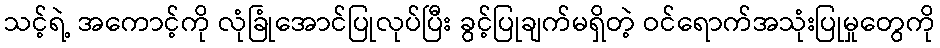
သင့်ရဲ့ အကောင့်ကို လုံခြုံအောင်ပြုလုပ်ပြီး ခွင့်ပြုချက်မရှိတဲ့ ဝင်ရောက်အသုံးပြုမှုတွေကို